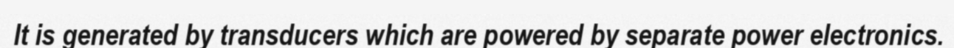
It is generated by transducers which are powered by separate power electronics.